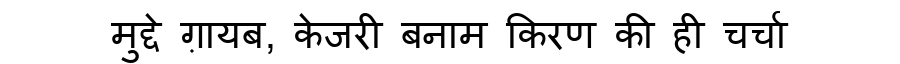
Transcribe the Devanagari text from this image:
मुद्दे ग़ायब, केजरी बनाम किरण की ही चर्चा